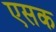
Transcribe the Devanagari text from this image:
एसक